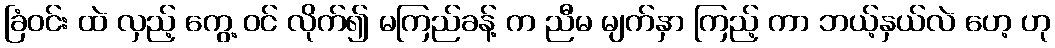
ခြံဝင်း ထဲ လှည့် ကွေ့ ဝင် လိုက်၍ မကြည်ခန့် က ညီမ မျက်နှာ ကြည့် ကာ ဘယ့်နှယ်လဲ ဟေ့ ဟု